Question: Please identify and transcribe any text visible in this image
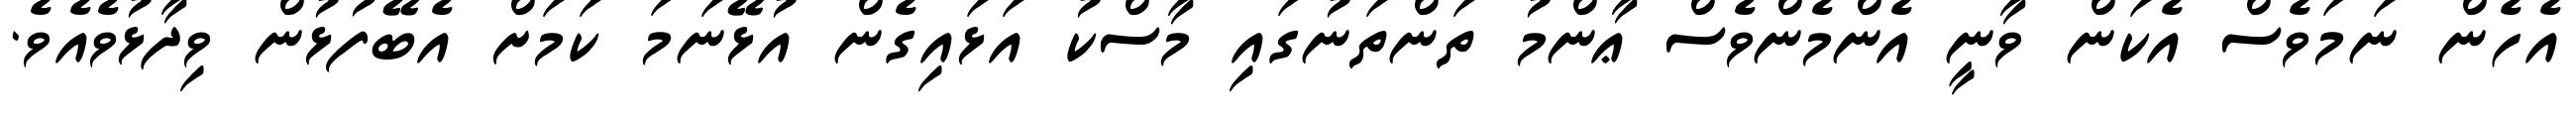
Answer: އެހެން ނަމަވެސް އެކަން ވާނީ އެންމެންވެސް ޢާންމު ތަންތަނުގައި މާސްކު އަޅައިގެން އުޅޭނަމަ ކަމަށް އެބޭފުޅުން ވިދާޅުވެއެވެ.